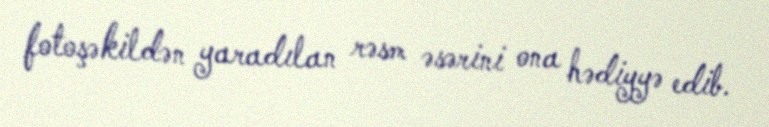
fotoşəkildən yaradılan rəsm əsərini ona hədiyyə edib.